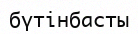
бүтінбасты